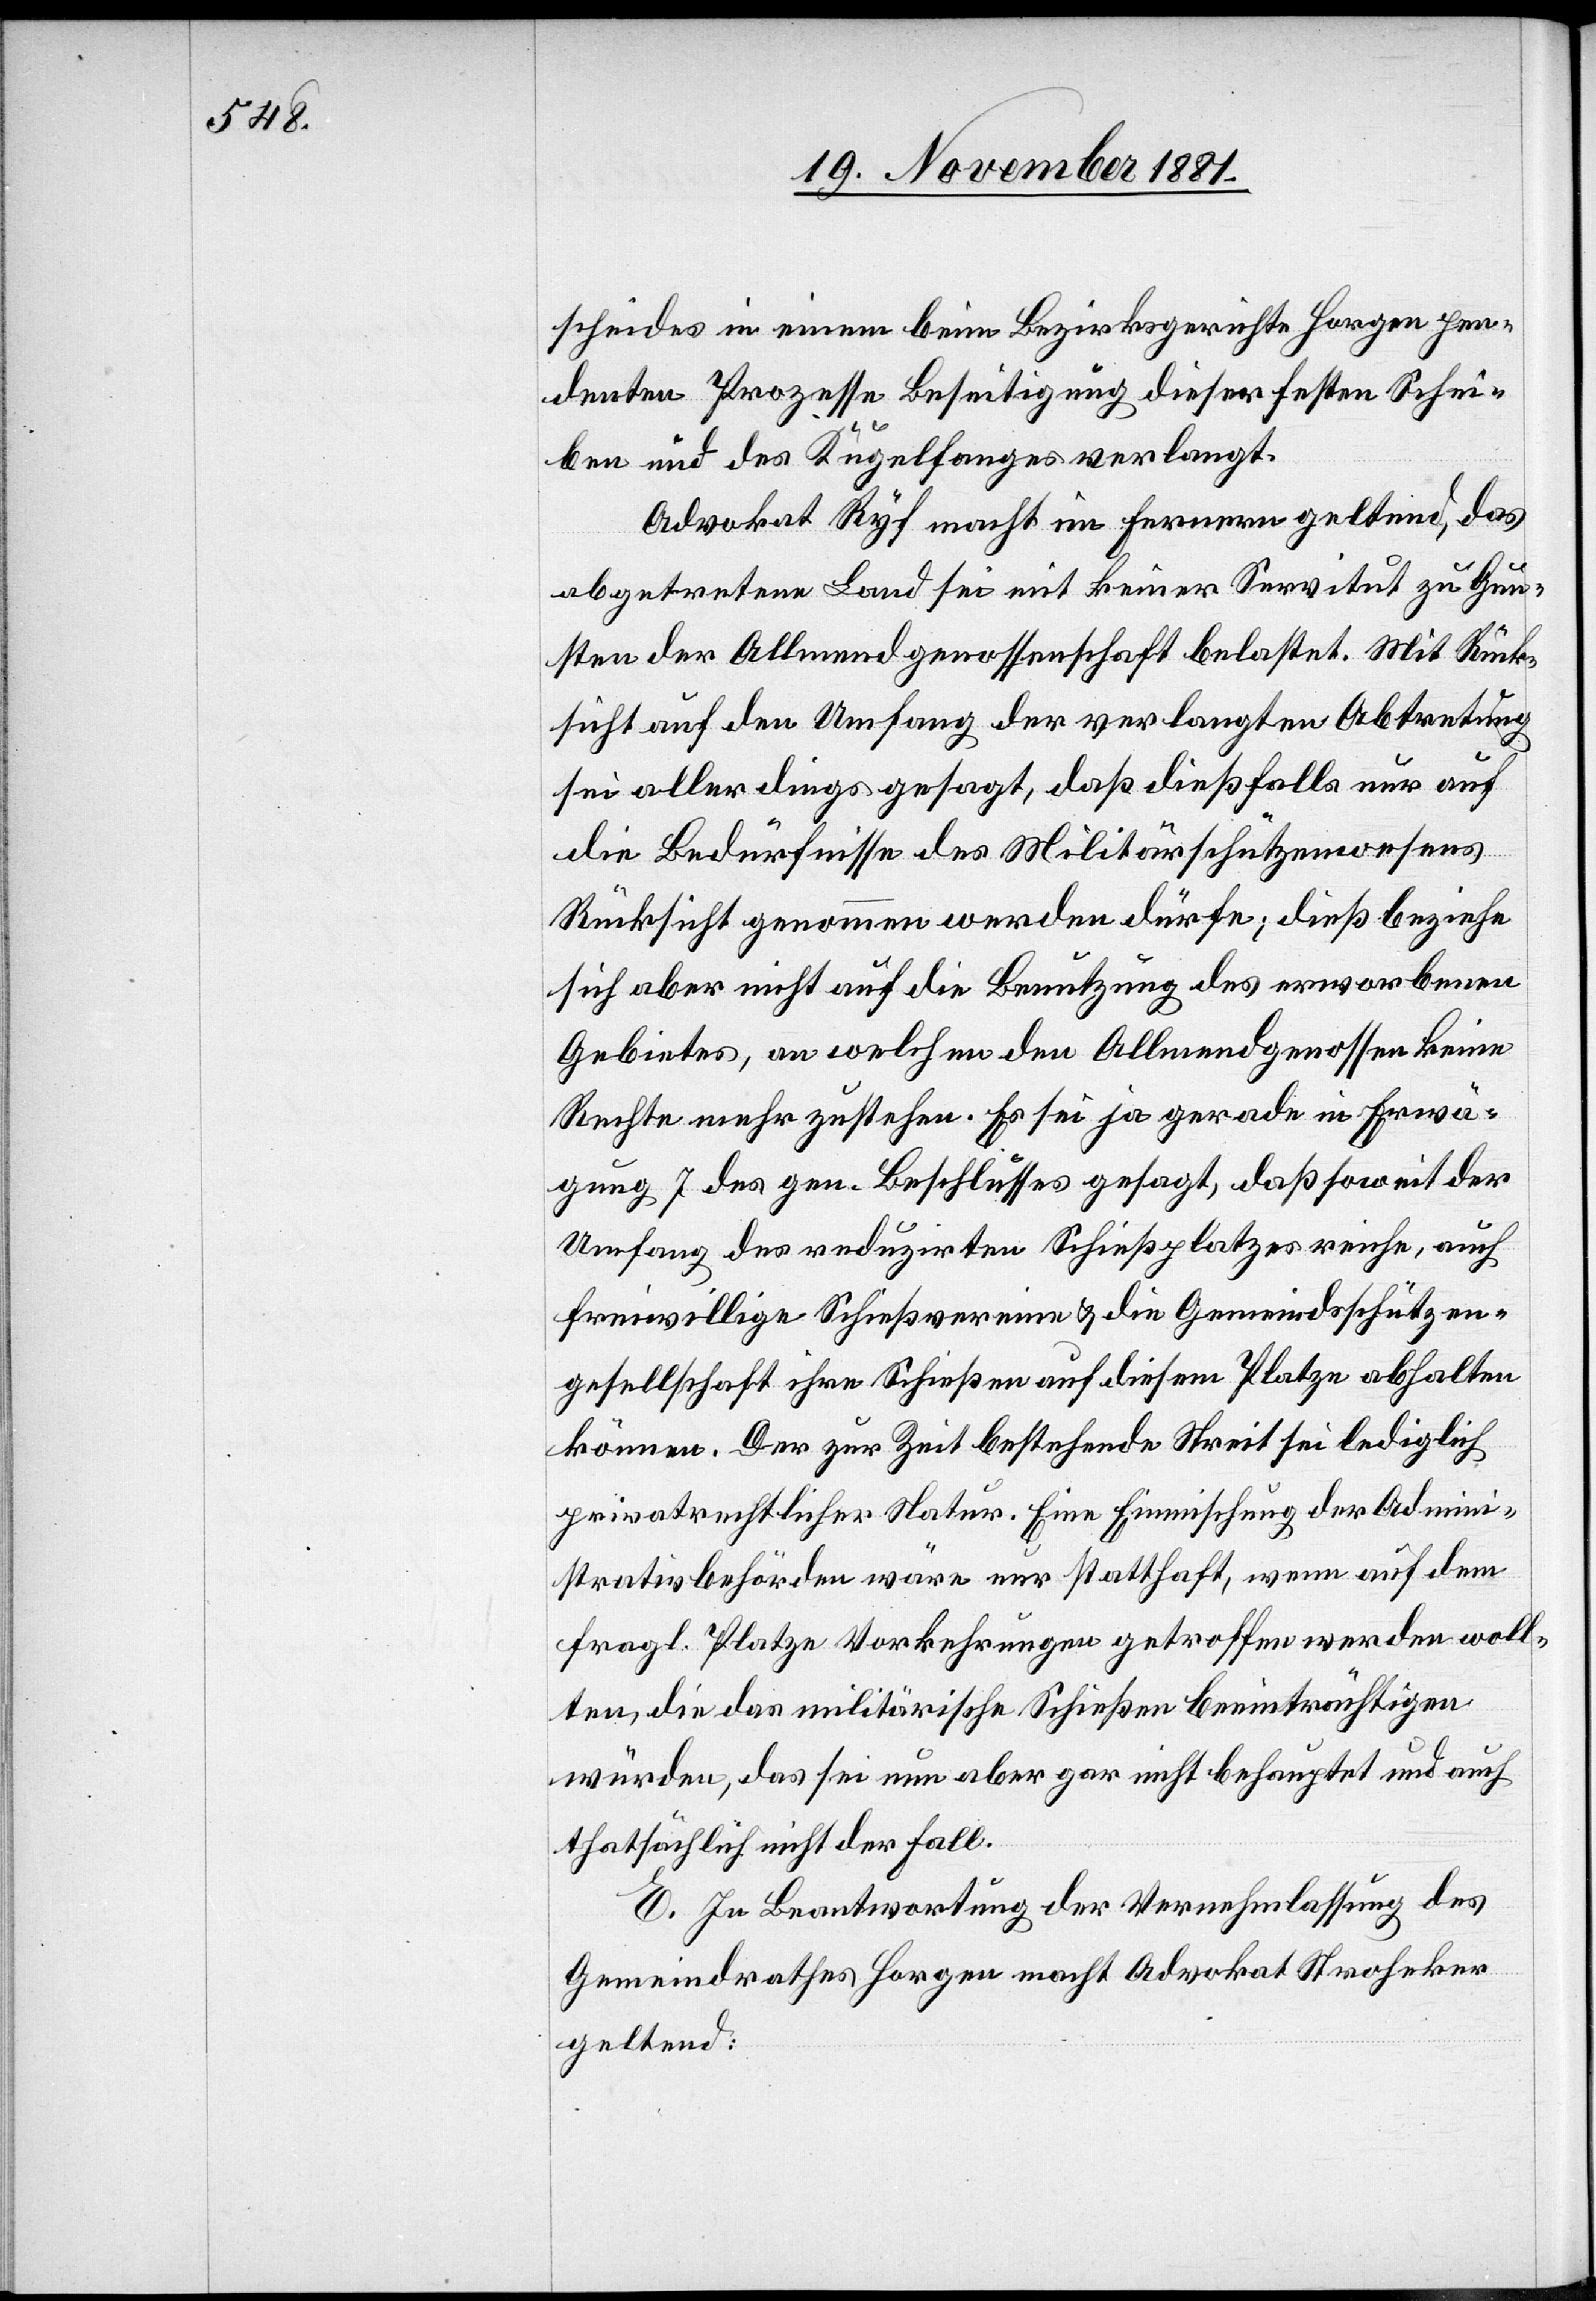
scheides in einem beim Bezirksgerichte Horgen pen¬
denten Prozesse Beseitigung dieser festen Schei¬
ben und des Kugelfanges verlangt.
Advokat Ryf macht im Fernern geltend, das
abgetretene Land sei mit keiner Servitut zu Gun¬
sten der Allmendgenossenschaft belastet. Mit Rück¬
sicht auf den Umfang der verlangten Abtretung
sei allerdings gesagt, daß dießfalls nur auf
die Bedürfnisse des Militärschützenwesens
Rücksicht genommen werden dürfe; dieß beziehe
sich aber nicht auf die Benutzung des erworbenen
Gebietes, an welchen [sic!] den Allmendgenossen keine
Rechte mehr zustehen. Es sei ja gerade in Erwä¬
gung 7 des gen. Beschlusses gesagt, daß soweit der
Umfang des reduzirten Schießplatzes reiche, auch
freiwillige Schießvereine & die Gemeindsschützen¬
gesellschaft ihre Schießen auf diesem Platze abhalten
können. Der zur Zeit bestehende Streit sei lediglich
privatrechtlicher Natur. Eine Einmischung der Admini¬
strativbehörden wäre nur statthaft, wenn auf dem
fragl. Platze Vorkehrungen getroffen werden woll¬
ten, die das militärische Schießen beeinträchtigen
würde, das sei nun aber gar nicht behauptet und auch
thatsächlich nicht der Fall.
E. In Beantwortung der Vernehmlassung des
Gemeindrathes Horgen macht Advokat Stroheker
geltend: